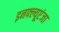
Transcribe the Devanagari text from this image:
इनफ्ल्यूएंजा